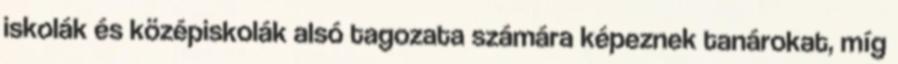
iskolák és középiskolák alsó tagozata számára képeznek tanárokat, míg